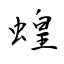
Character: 蝗